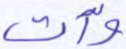
وآت